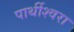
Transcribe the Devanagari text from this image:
पार्थीश्‍वरा